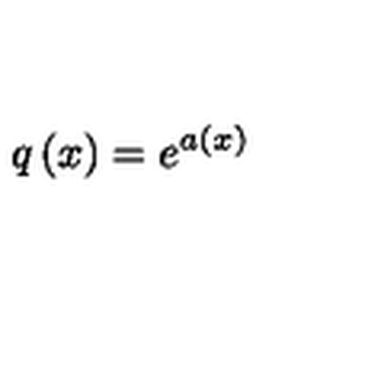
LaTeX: q \left( x \right) = e ^ { a \left( x \right) }